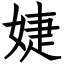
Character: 婕